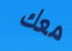
معك